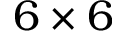
6 \times 6